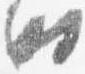
時